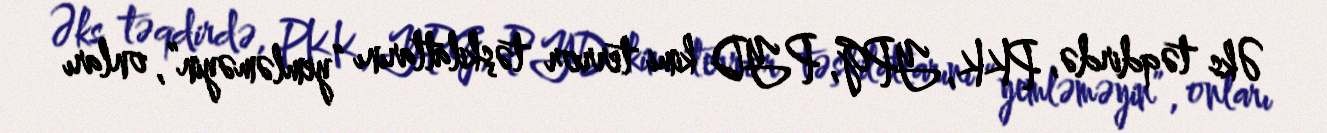
Əks təqdirdə, PKK, YPG, PYD kimi terror təşkilatlarını “yemləməyin”, onları